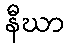
နီဃာ